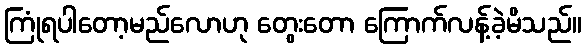
ကြုံရပါတော့မည်လောဟု တွေးတော ကြောက်လန့်ခဲ့မိသည်။